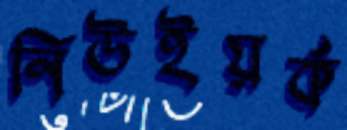
নিউইয়র্ক